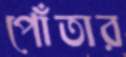
পোঁতার